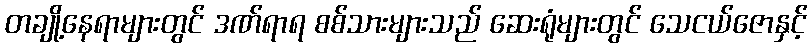
တချို့နေရာများတွင် ဒဏ်ရာရ စစ်သားများသည် ဆေးရုံများတွင် သေငယ်ဇောနှင့်